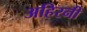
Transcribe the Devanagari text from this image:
अहिरनी